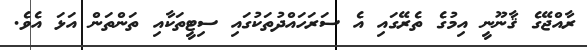
ރާއްޖޭގެ ޤާނޫނީ އިމުގެ ތެރޭގައި އެ ސަރަހައްދުތަކުގައި ސިޓީތަކާއި ތަންތަން އަޅަ އެވެ.